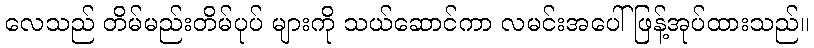
လေသည် တိမ်မည်းတိမ်ပုပ် များကို သယ်ဆောင်ကာ လမင်းအပေါ် ဖြန့်အုပ်ထားသည်။